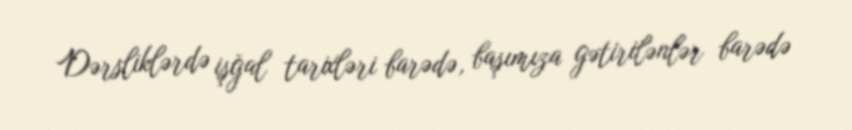
Dərsliklərdə işğal tarixləri barədə, başımıza gətirilənlər barədə